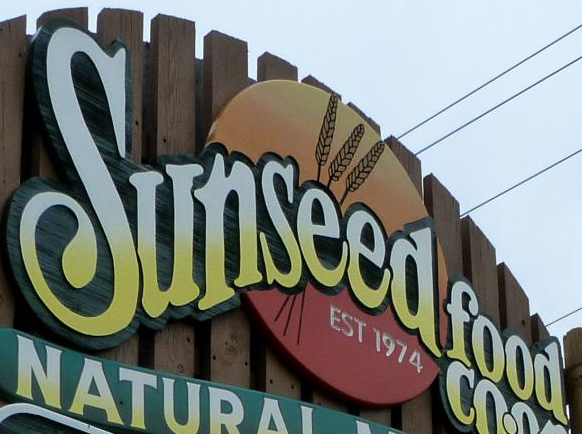
Sunseed food